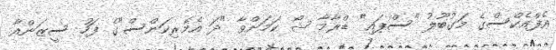
އެފްއެކްސްގެ މަގުބޫލު "ސްޕައި" ޑްރާމާ ޝޯ ކަމަށްވާ "ދަ އެމެރިކަންސް"ގެ ފަހު ސީޒަންއާ